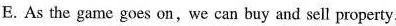
E. As the game goes on,we can buy and sell property.